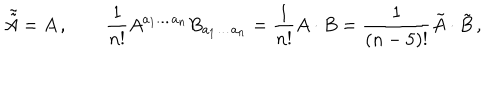
\tilde { \tilde { A } } = A \, , \qquad \frac { 1 } { n ! } A ^ { a _ { 1 } \ldots a _ { n } } B _ { a _ { 1 } \ldots a _ { n } } = \frac { 1 } { n ! } A \cdot B = \frac { 1 } { ( n - 5 ) ! } \tilde { A } \cdot \tilde { B } \, ,